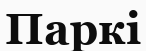
Паркі